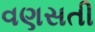
વણસતી